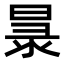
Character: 𭦧